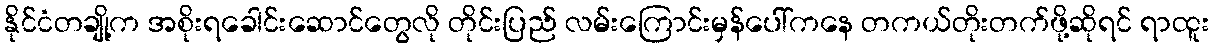
နိုင်ငံတချို့က အစိုးရခေါင်းဆောင်တွေလို တိုင်းပြည် လမ်းကြောင်းမှန်ပေါ်ကနေ တကယ်တိုးတက်ဖို့ဆိုရင် ရာထူး